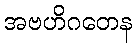
အဗဟိဂတေန